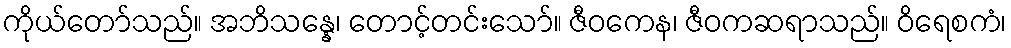
ကိုယ်တော်သည်။ အဘိသန္နေ၊ တောင့်တင်းသော်။ ဇီဝကေန၊ ဇီဝကဆရာသည်။ ဝိရေစကံ၊